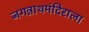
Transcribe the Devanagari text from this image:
जगन्नाथमंदिराला